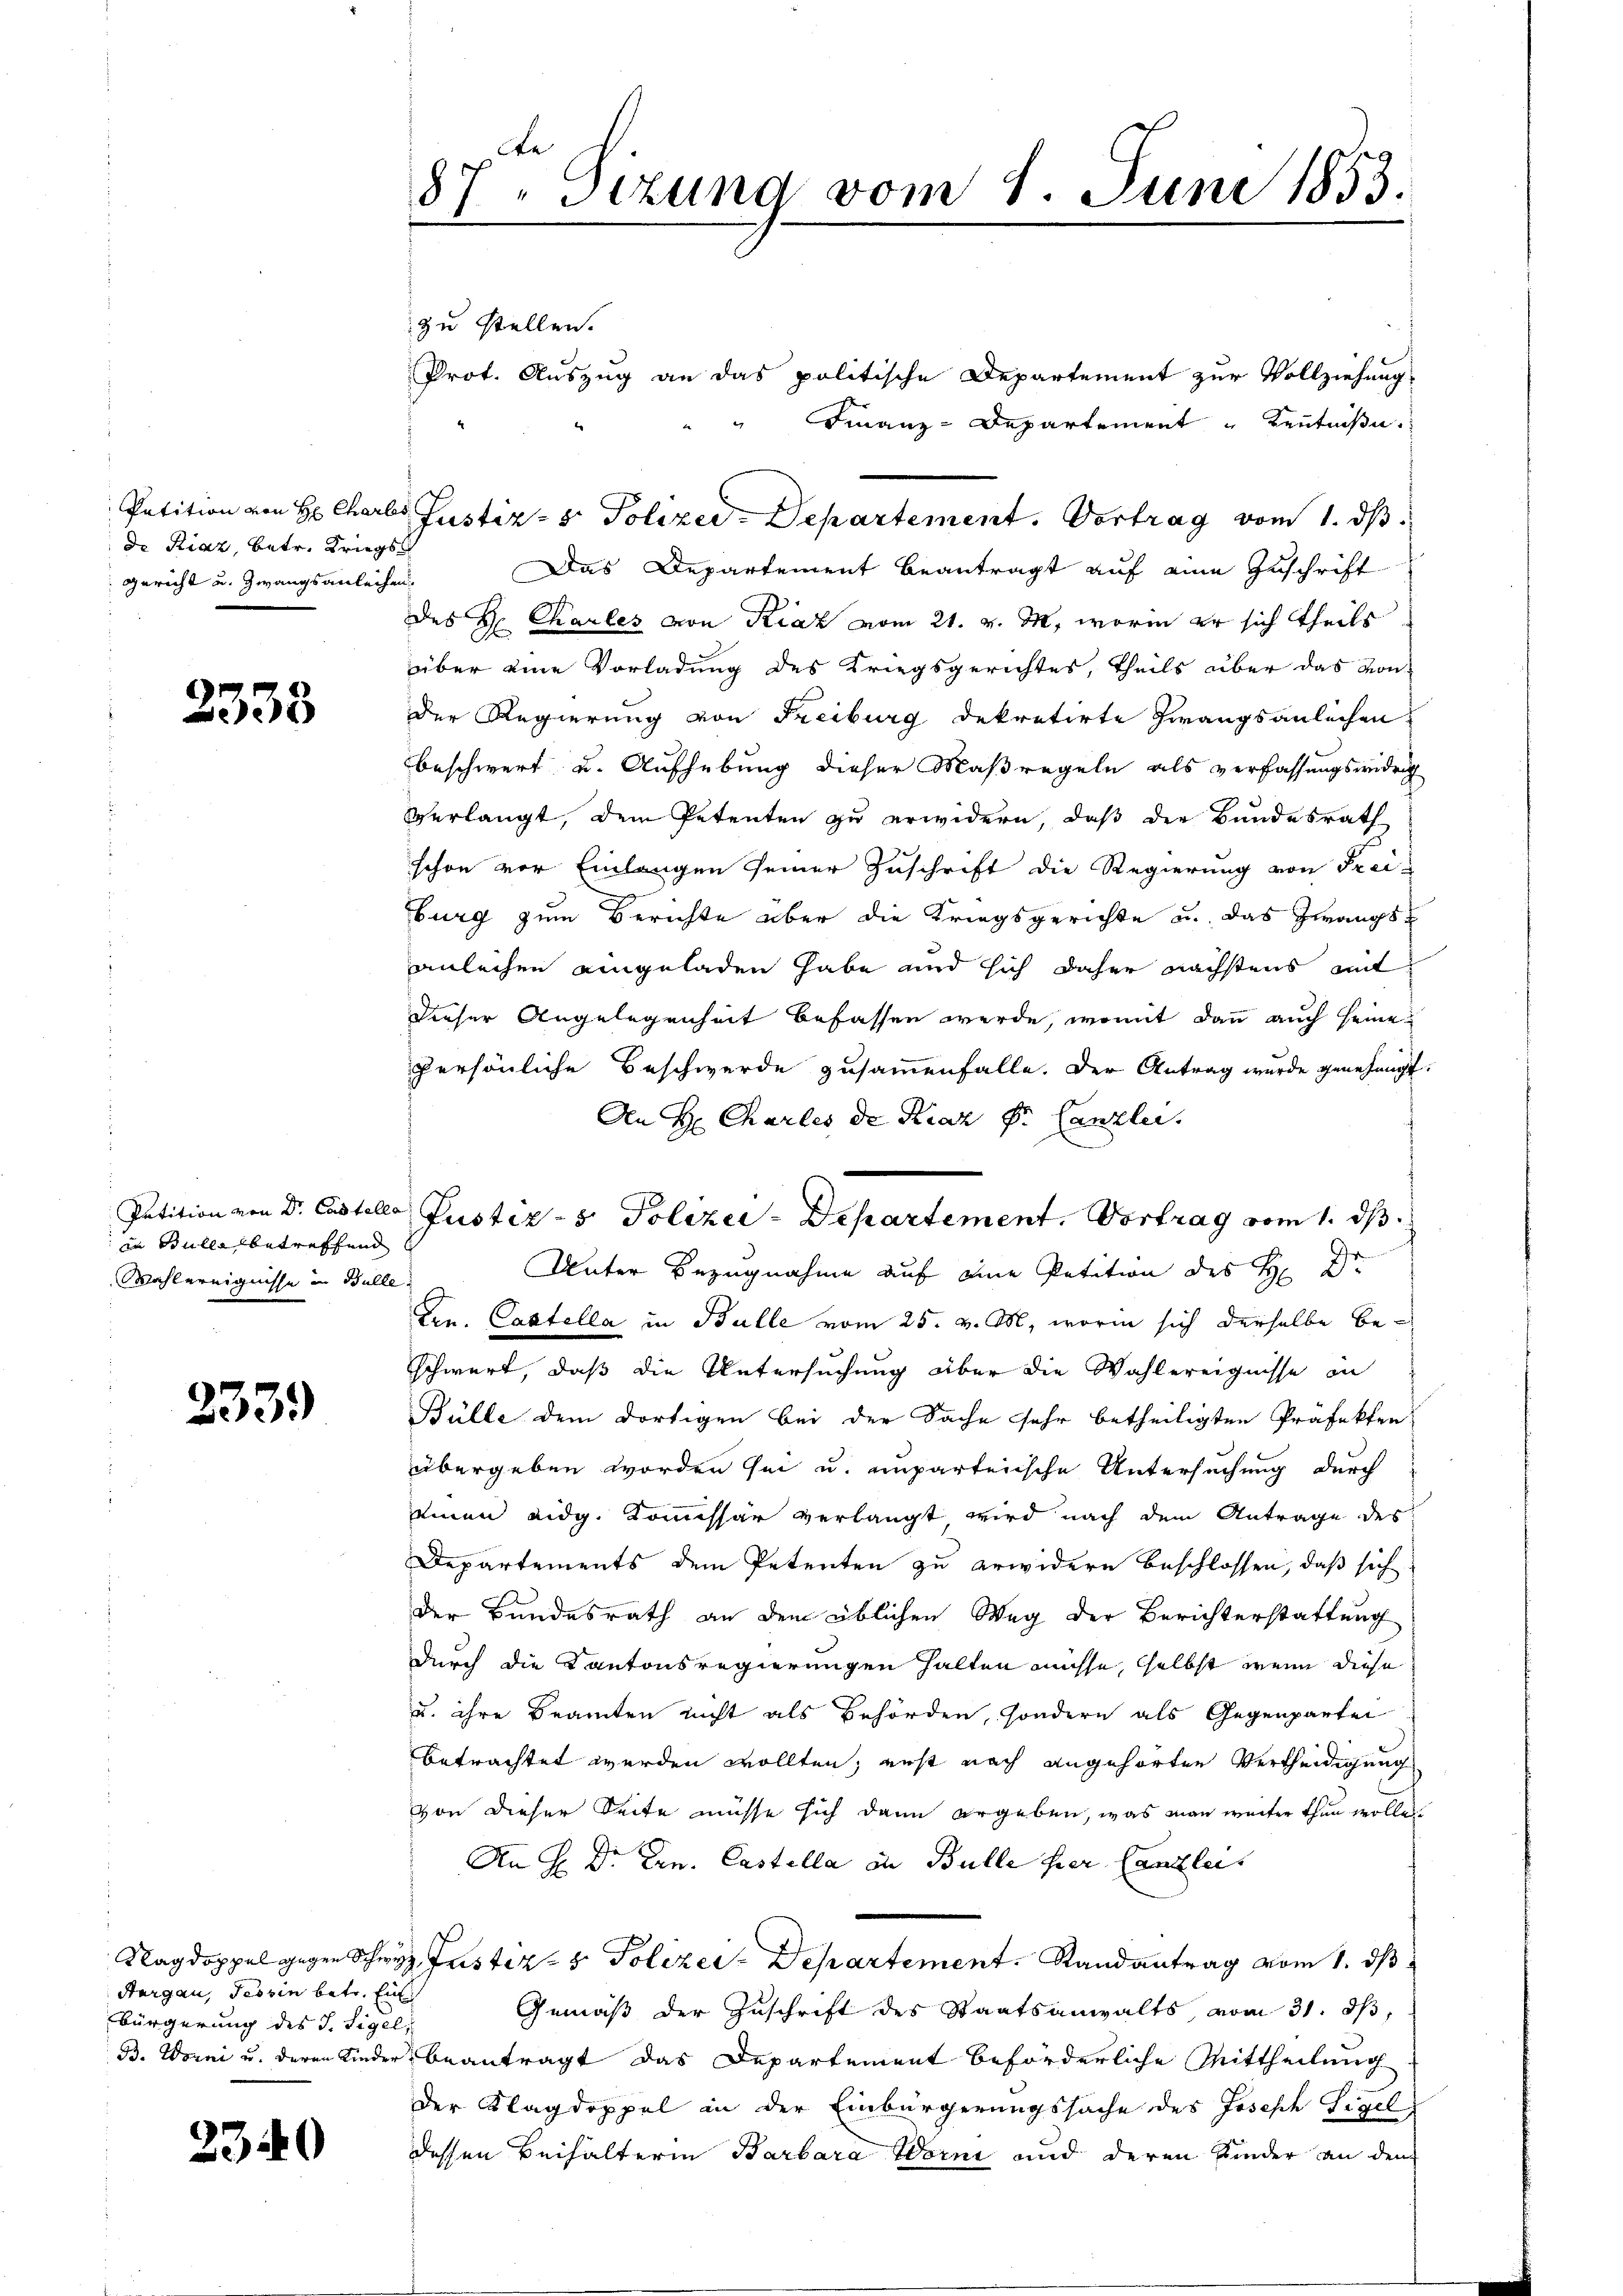
de Riaz, betr. Kriegs
gericht u. Zwangsanleihen.

2333

:in Bulla, betreffend
Wahlereignisse in Bulle.

2339)

Aargau, Tessin betr. Eis
Bürgerung des J. Sigel,

23

0

87. Dezung vom 1. Juni 1853.
zu stellen.
Prot. Auszug an das politische Departement zur Vollziehung

Finanz-Departement Kenntniße
Das Departement beantragt auf eine Zuschrift
des Hr. Charles von Riaz vom 21. v. M., worin er sich theils
über eine Vorladung des Kriegsgerichtes, theils über das von
der Regierung von Freiburg dekretirte Zwangsanleihen.
beschwert u. Aufhebung dieser Maßregeln als verfassungswidrig
verlangt, dem Petenten zu erwidern, daß der Bundesrath
schon vor Einlangen seiner Zuschrift die Regierung von Freiburg zum Berichte aber die Kriegsgerichte u. das Zwangsanleihen eingeladen habe und sich daher nächstens mit
dieser Angelegenheit befassen werde, womit dann auch seine
persönliche Beschwerde zusammenfalle. Der Antrag wurde genehmigt.
An H. Charles de Kraz kr. Canzler.
Unter Bezugnahme auf eine Petition des H. Dr
Gen. Castella in Bulle vom 25. v. M., worin sich derselbe beschwert, daß die Untersuchung aber die Wahlereignisse in
Bülle dem dortigen bei der Sache sehr betheiligten Präfekten
übergeben worden sei u. unparteiische Untersuchung durch
einen eidg. Kommissär verlangt wird nach dem Antrage des
Departements dem Petenten zu erwidern beschlossen, daß sich
der Bundesrath an dem üblichen Weg der Berichterstattung
durch die Kantonsregierungen halten müsse, selbst wenn diese
u. ihre Beamten nicht als Behörden, sondern als Gegenpartei
betrachtet werden wollten; erst nach angehörten Vertheidigung
von dieser Seite müsse sich dann ergeben, was man weiter thun wolle
An H. Dr. Hrn. Castella in Bulle hier Canzleis
Kagdoppel gegen Schwyz, Justiz- & Polizei-Departement. Randantrag vom 1. ds
Gemäß der Zuschrift des Staatsanwalts, vom 31. ds,
B. Worni u. deren Kinder beantragt das Departement beförderliche Mittheilung
Der Klagdoppel an der Einbürgerungssache des Joseph Sigel
dessen Beihalterin Barbara Worni und deren Kinder an den

Petition von H: Cherbes Justiz- & Polizei-Departement. Vortrag vom 1. ds.

Petition von Dr. Castelle Justiz- & Polizei-Departement. Vortrag vom 1. ds.